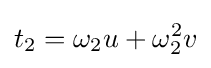
t_{2}=\omega _{2}u+\omega _{2}^{2}v